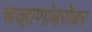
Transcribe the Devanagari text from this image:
चव्हाणांबरोबर